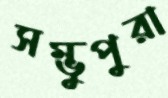
সম্ভুপুরা